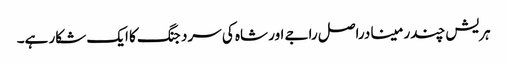
ہریش چندر مینا دراصل راجے اور شاہ کی سرد جنگ کا ایک شکار ہے۔